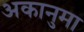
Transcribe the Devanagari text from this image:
अकानुमा